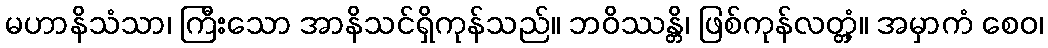
မဟာနိသံသာ၊ ကြီးသော အာနိသင်ရှိကုန်သည်။ ဘဝိဿန္တိ၊ ဖြစ်ကုန်လတ္တံ့။ အမှာကံ စေဝ၊